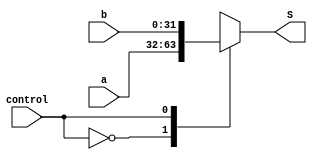
module mux2_1(a, b, control, S);//ok
	input[31:0] a;
	input [31:0] b;
	input control;
	output reg [31:0]S;
	always@(*)
		case (control)
			0: S = a;
			1: S = b;
		endcase
endmodule